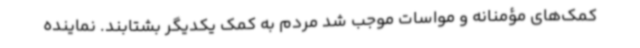
کمک‌های مؤمنانه و مواسات موجب شد مردم به کمک یکدیگر بشتابند. نماینده